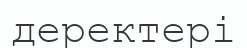
деректері